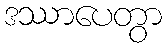
ဒဿာပေတွာ